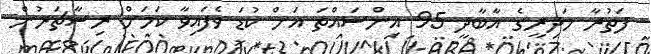
ފަތުރާ މަދިރީގެ އާބާދީ 95 އިންސައްތަ އަށް ކުޑަ ވެފައިވާ ކަމަށް ރިސާޗަރުން